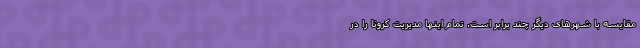
مقایسه با شهرهای دیگر چند برابر است. تمام اینها مدیریت کرونا را در